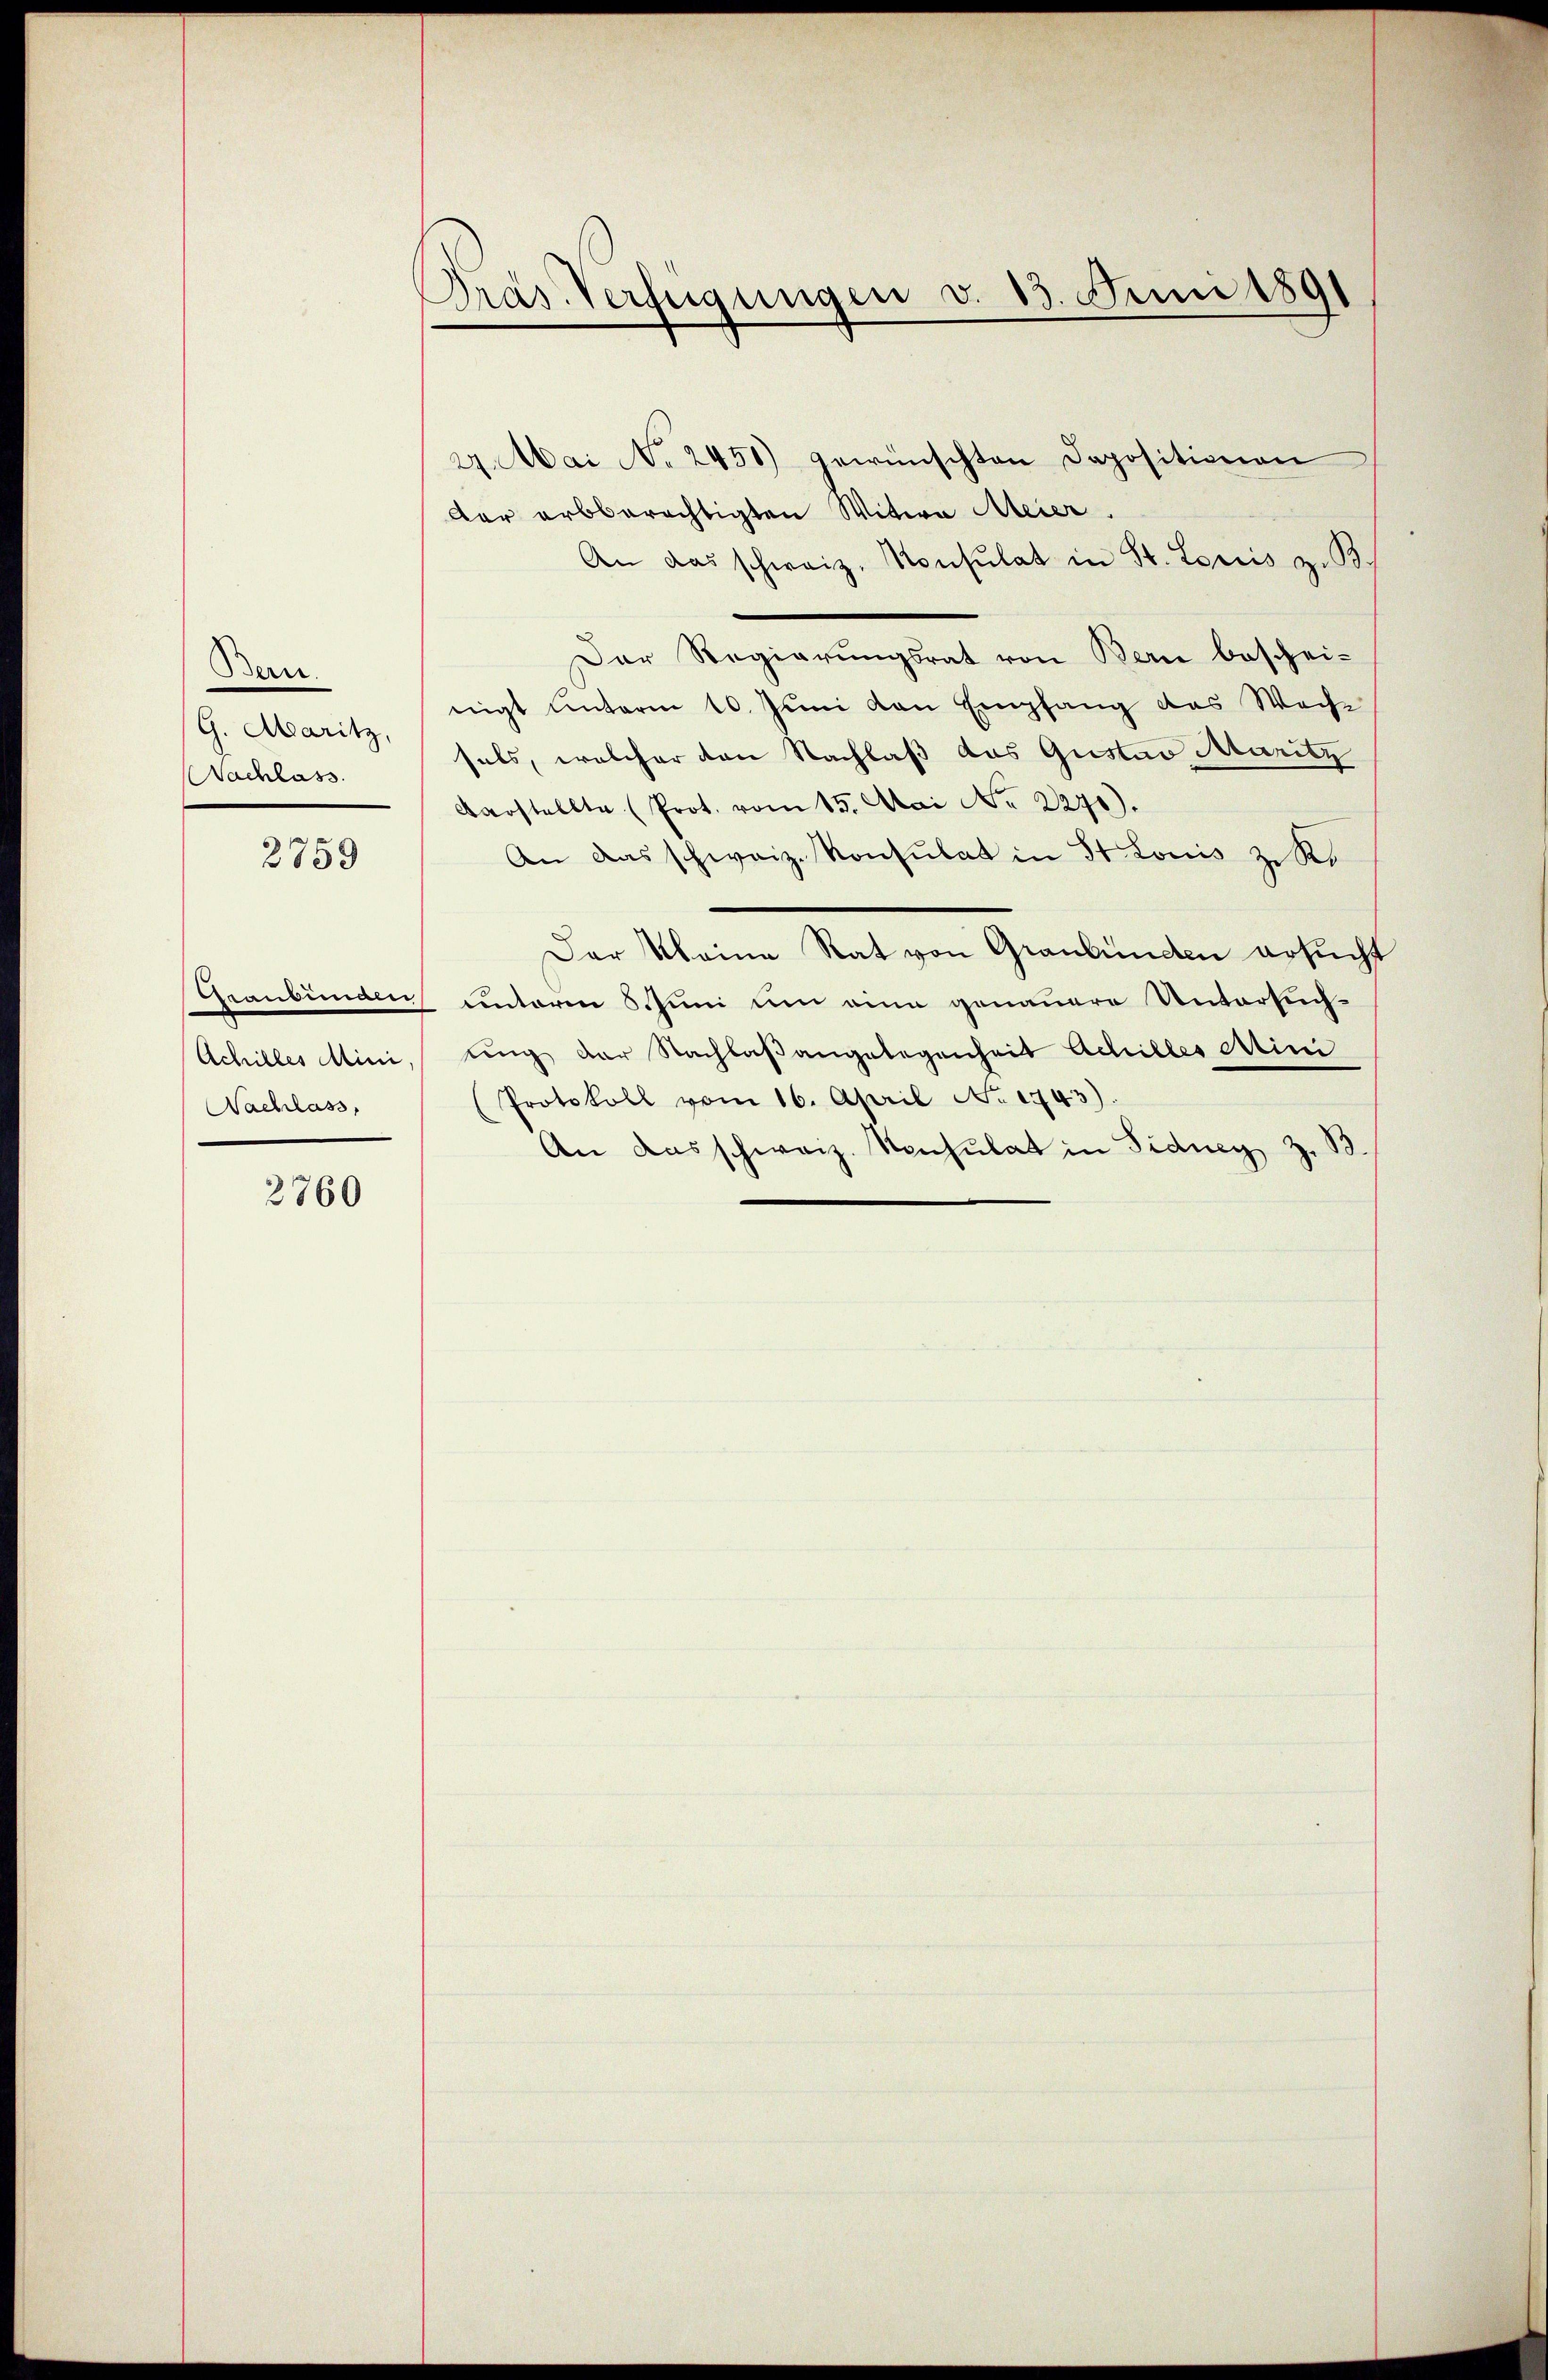
Berrr
G. Maritz,
Nachlass

2759

Candian
Nachlass,

2760

27. Mai No 2451) gewünschten Depositionen
der erbberechtigten Witwe Meier.
An das schweiz. Konsulat in St. Loriis z. B.
Der Regierungsrat von Bern beschei-
nigt unterm 10. Juni von Empfang das Woche
sals, welcher den Nachlaß das Gustav Maritz
arstellte (Prot. vom 15. Mai No 2271).
An das schweiz. Konsulat in St. Louis zu Res
Der Meine Rat von Graubünden ersucht
unterm 5 Juni um eine genauere Untersuch¬
Achilles Mini, ding der Nachlaßangelegenheit Achilles Mini
Protokoll vom 16. April No 1743).
An das schweiz. Konsulat in Fidney Z. B.

Pras. Verfügungen v. 13. Juni 1891